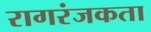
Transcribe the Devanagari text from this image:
रागरंजकता